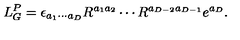
L _ { G } ^ { P } = \epsilon _ { a _ { 1 } \cdots a _ { D } } R ^ { a _ { 1 } a _ { 2 } } \cdots R ^ { a _ { D - 2 } a _ { D - 1 } } e ^ { a _ { D } } .